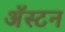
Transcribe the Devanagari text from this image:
अॅस्टन